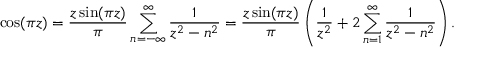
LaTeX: \cos ( \pi z ) = { \frac { z \sin ( \pi z ) } { \pi } } \displaystyle \sum _ { n = - \infty } ^ { \infty } { \frac { 1 } { z ^ { 2 } - n ^ { 2 } } } = { \frac { z \sin ( \pi z ) } { \pi } } \left( { \frac { 1 } { z ^ { 2 } } } + 2 \displaystyle \sum _ { n = 1 } ^ { \infty } { \frac { 1 } { z ^ { 2 } - n ^ { 2 } } } \right) .